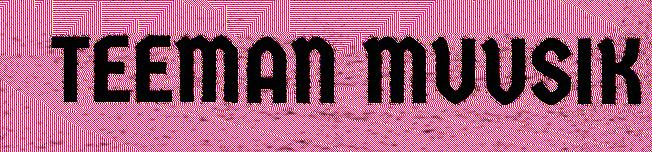
TEEMAN MUUSIK